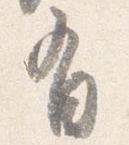
有